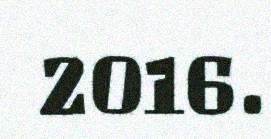
2016.